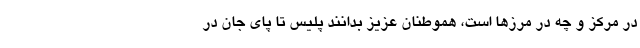
در مرکز و چه در مرزها است، هموطنان عزیز بدانند پلیس تا پای جان در